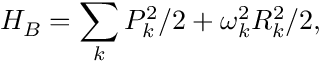
H _ { B } = \sum _ { k } P _ { k } ^ { 2 } / 2 + \omega _ { k } ^ { 2 } R _ { k } ^ { 2 } / 2 ,